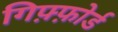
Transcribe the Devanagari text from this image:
गिफ़्फ़ोर्ड